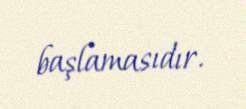
başlamasıdır.